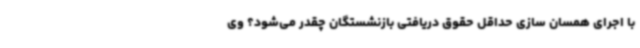
با اجرای همسان سازی حداقل حقوق دریافتی بازنشستگان چقدر می‌شود؟ وی